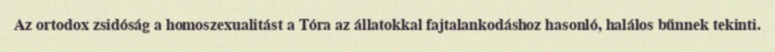
Az ortodox zsidóság a homoszexualitást a Tóra az állatokkal fajtalankodáshoz hasonló, halálos bűnnek tekinti.